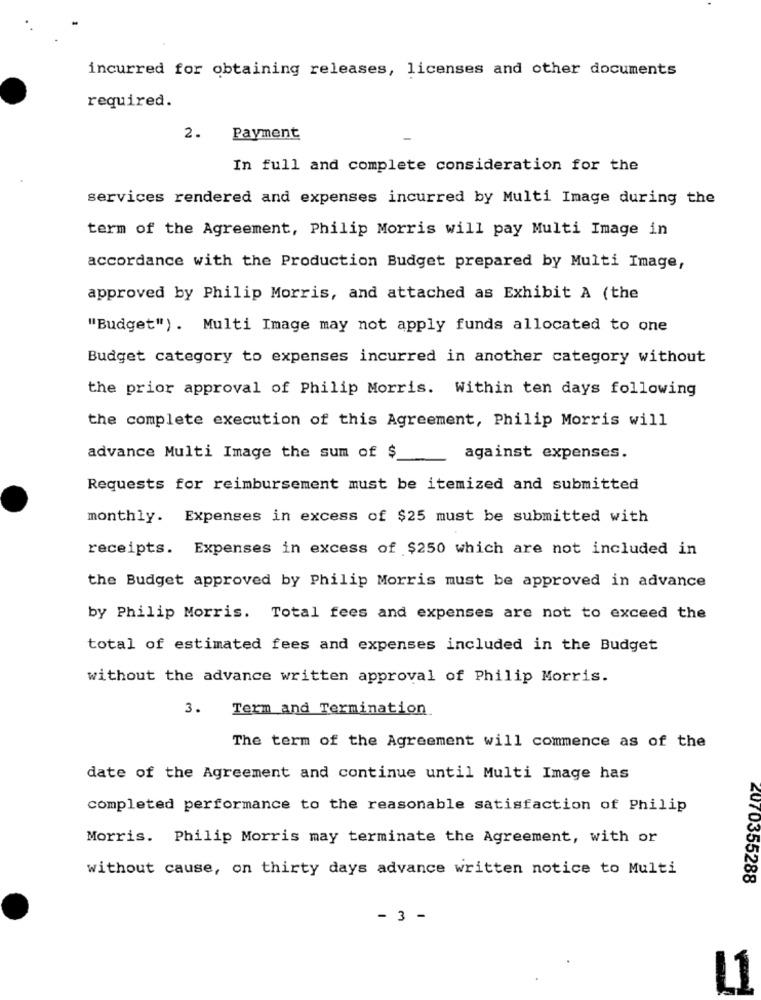
incurred for obtaining releases, licenses and other documents
required.
2. Payment
In full and complete consideration for the
services rendered and expenses incurred by Multi Image during the
term of the Agreement, Philip Morris will pay Multi Image in
accordance with the Production Budget prepared by Multi Image,
approved by Philip Morris, and attached as Exhibit A (the
"Budget") . Multi Image may not apply funds allocated to one
Budget category to expenses incurred in another category without
the prior approval of Philip Morris. Within ten days following
the complete execution of this Agreement, Philip Morris will
advance Multi Image the sum of $
against expenses.
Requests for reimbursement must be itemized and submitted
monthly. Expenses in excess of $25 must be submitted with
receipts. Expenses in excess of $250 which are not included in
the Budget approved by Philip Morris must be approved in advance
by Philip Morris. Total fees and expenses are not to exceed the
total of estimated fees and expenses included in the Budget
without the advance written approval of Philip Morris.
3. Term and Termination
The term of the Agreement will commence as of the
date of the Agreement and continue until Multi Image has
completed performance to the reasonable satisfaction of Philip
Morris. Philip Morris may terminate the Agreement, with or
without cause, on thirty days advance written notice to Multi
2070355288
- 3 -
L1